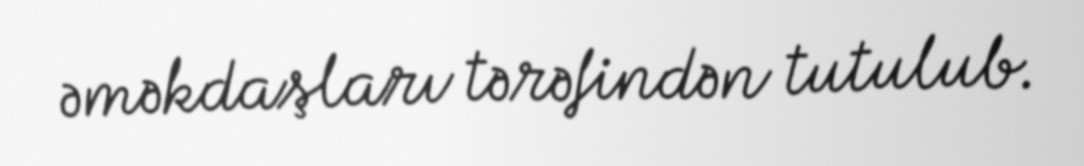
əməkdaşları tərəfindən tutulub.